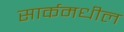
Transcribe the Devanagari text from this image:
सार्कमधील